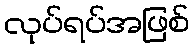
လုပ်ရပ်အဖြစ်